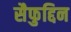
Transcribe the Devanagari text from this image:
सैफुद्दिन